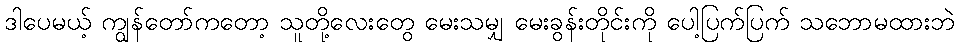
ဒါပေမယ့် ကျွန်တော်ကတော့ သူတို့လေးတွေ မေးသမျှ မေးခွန်းတိုင်းကို ပေါ့ပြက်ပြက် သဘောမထားဘဲ